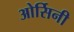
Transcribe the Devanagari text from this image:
ओर्सिनी